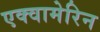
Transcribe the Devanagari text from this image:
एक्वामेरिन